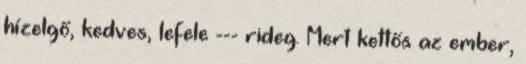
hízelgő, kedves, lefele --- rideg. Mert kettős az ember,